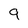
Character: 9